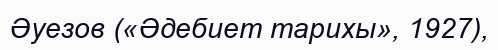
Әуезов («Әдебиет тарихы», 1927),